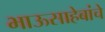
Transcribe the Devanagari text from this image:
भाऊसाहेबांचे